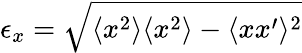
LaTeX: \epsilon_{x}=\sqrt{\langle x^{2}\rangle\langle x^{2}\rangle-\langle xx^{\prime}\rangle^{2}}